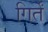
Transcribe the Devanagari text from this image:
गिर्तें